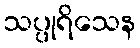
သပ္ပုရိသေန